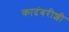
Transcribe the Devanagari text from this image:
कादंबरीशी